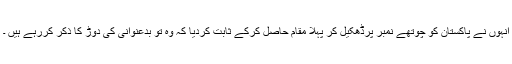
انہوں نے پاکستان کو چوتھے نمبر پرڈھکیل کر پہلا مقام حاصل کرکے ثابت کردیا کہ وہ تو بدعنوانی کی دوڑ کا ذکر کررہے ہیں ۔